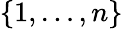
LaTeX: \{ 1,\dots,n\}